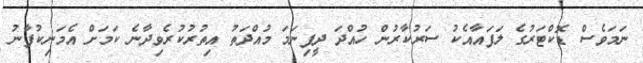
ނަމަވެސް ޑޮކްޓަރުގެ ލަފައާއެކު ސަރުކާރުން ހުއްދަ ދީފިނަމަ މުއްދަތު އިތުރުކުރެވިދާނެ ކަމަށް އެމަނިކުފާނު